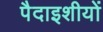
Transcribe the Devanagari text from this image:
पैदाइशीयों